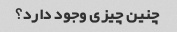
چنین چیزی وجود دارد؟